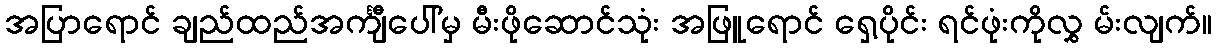
အပြာရောင် ချည်ထည်အင်္ကျီပေါ်မှ မီးဖိုဆောင်သုံး အဖြူရောင် ရှေ့ပိုင်း ရင်ဖုံးကိုလွှ မ်းလျက်။